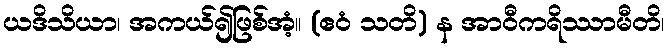
ယဒိသိယာ၊ အကယ်၍ဖြစ်အံ့။ (ဧဝံ သတိ) န အာဝီကရိဿာမီတိ၊